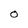
Character: O